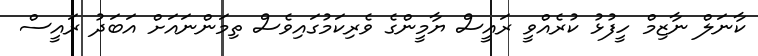
ކާނަލް ނާޒިމް ހީފުޅު ކުރެއްވީ ރައީސް ޔާމީންގެ ވެރިކަމުގައިވެސް ތިމަންނައަށް އަބަދު ރައީސް